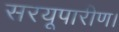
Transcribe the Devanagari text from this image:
सरयूपारीण।